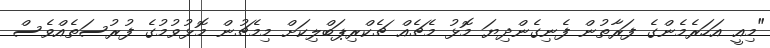
"މިއީ އަހަރެމެންގެ ފަރާތުން ފެނިގެންދިޔަ މޮޅު މެޗެއް ޗެކްރިޕަބްލިކަށް މިމެޗުން މޮޅުވުމުގެ ފުރުސަތެއްވެސް